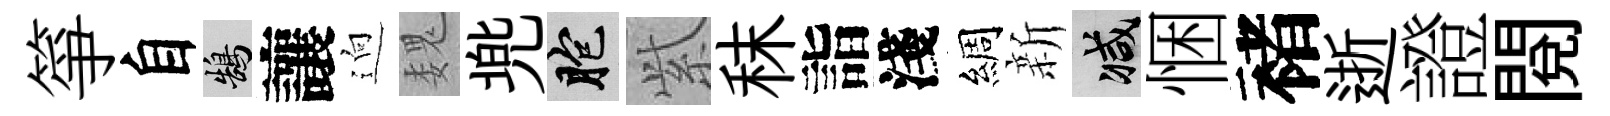
箏自鵠讓逈魏兠胞𬗋秣詣淺綢新减悃褚逝證閱